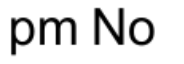
pm No